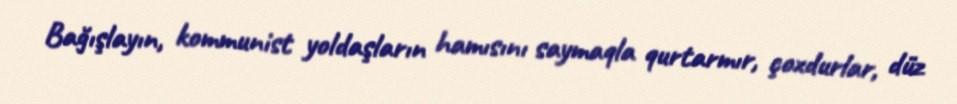
Bağışlayın, kommunist yoldaşların hamısını saymaqla qurtarmır, çoxdurlar, düz